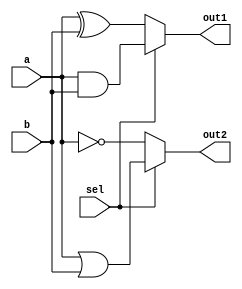
module combinational_logic (
    input  wire [3:0] a,      // 4-bit input
    input  wire [3:0] b,      // 4-bit input
    input  wire sel,          // 1-bit selector input
    output reg  [3:0] out1,    // 4-bit output
    output reg  [3:0] out2     // 4-bit output
);

    // Combinational logic block
    always @(*) begin
        // Default output values
        out1 = 4'b0000;
        out2 = 4'b0000;

        // Logic operations based on inputs
        if (sel) begin
            out1 = a & b;        // AND operation when sel is high
            out2 = a | b;        // OR operation when sel is high
        end else begin
            out1 = a ^ b;        // XOR operation when sel is low
            out2 = ~a;           // NOT operation on a when sel is low
        end
    end

endmodule